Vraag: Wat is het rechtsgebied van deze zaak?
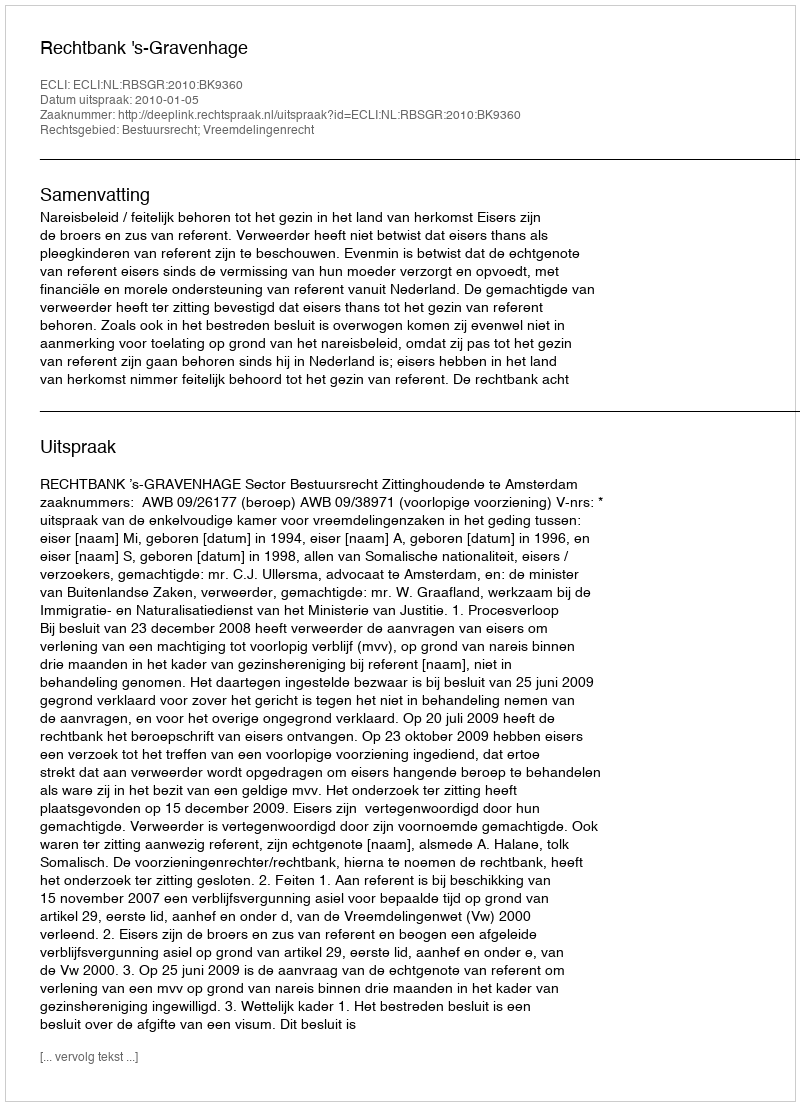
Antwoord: Bestuursrecht; Vreemdelingenrecht